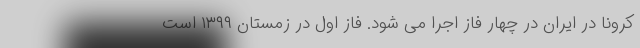
کرونا در ایران در چهار فاز اجرا می شود. فاز اول در زمستان ۱۳۹۹ است